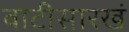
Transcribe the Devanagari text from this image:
वाटीसारखं